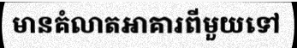
មានគំលាតអាគារពីមួយទៅ